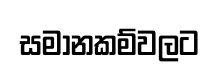
සමානකම්වලට